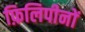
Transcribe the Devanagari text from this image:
फ़िलिपीनों